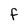
Character: f